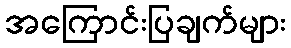
အကြောင်းပြချက်များ